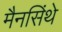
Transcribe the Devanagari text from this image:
मैनसिंथे